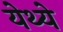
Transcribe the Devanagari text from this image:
येथ्ये